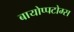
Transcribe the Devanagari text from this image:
बायोप्पटोम्स